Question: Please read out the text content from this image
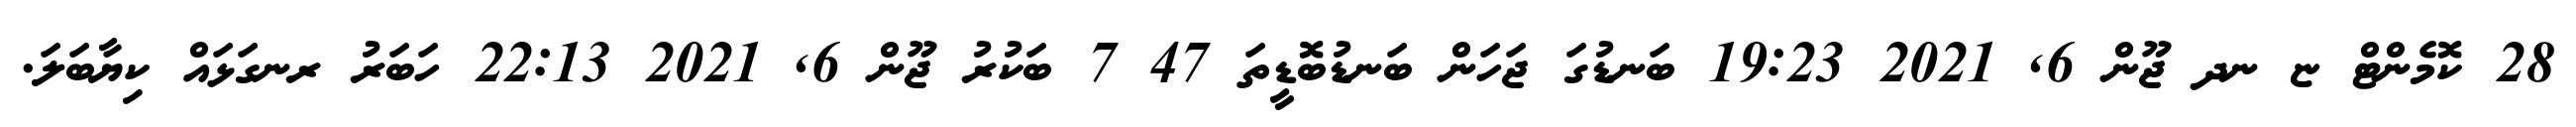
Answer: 28 ކޮމެންޓް ޏ ނދ ޖޫން 6, 2021 19:23 ބަނޑުގަ ޖަހަން ބަނޑުބޮޑީތަ 47 7 ބަކުރު ޖޫން 6, 2021 22:13 ހަބަރު ރނގަޅައް ކިޔާބަލަ.